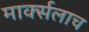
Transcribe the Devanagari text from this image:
मार्क्‍सलाच